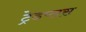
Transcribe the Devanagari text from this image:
ट्रेडप्लस